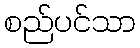
စည်ပင်သာ